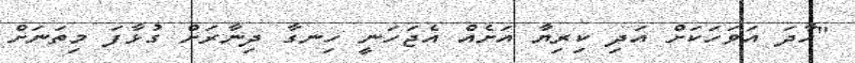
"ހާދަ އަވަހަކަށް އަދި ކިރިޔާ އަށެއް އެޖަހަނީ ހިނގާ ދިނާރަށް ގުޅާފަ މިތަނަށް